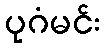
ပုဂံမင်း